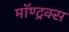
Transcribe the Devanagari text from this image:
मॉण्ट्रक्स